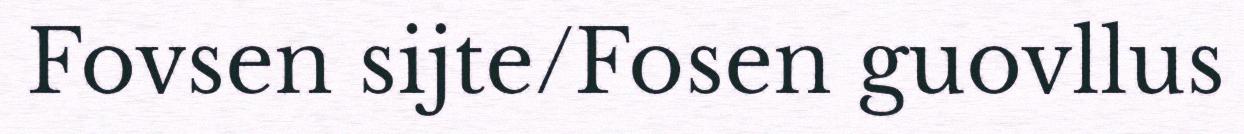
Fovsen sijte/Fosen guovllus